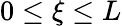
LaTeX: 0\le\xi\le L